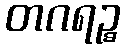
တဂရဉ္စ